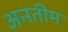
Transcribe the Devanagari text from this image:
अनतीम